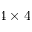
4 \times 4